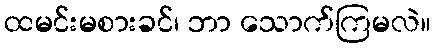
ထမင်းမစားခင်၊ ဘာ သောက်ကြမလဲ။